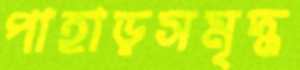
পাহাড়সমৃদ্ধ